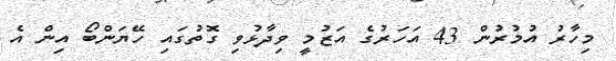
މިހާރު އުމުރުން 43 އަހަރުގެ އަޒުމީ ވިދާޅުވި ގޮތުގައި ހޭޔަންބޯ އިން އެ